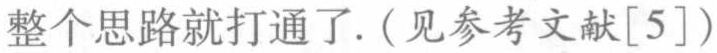
整个思路就打通了. (见参考文献[5])